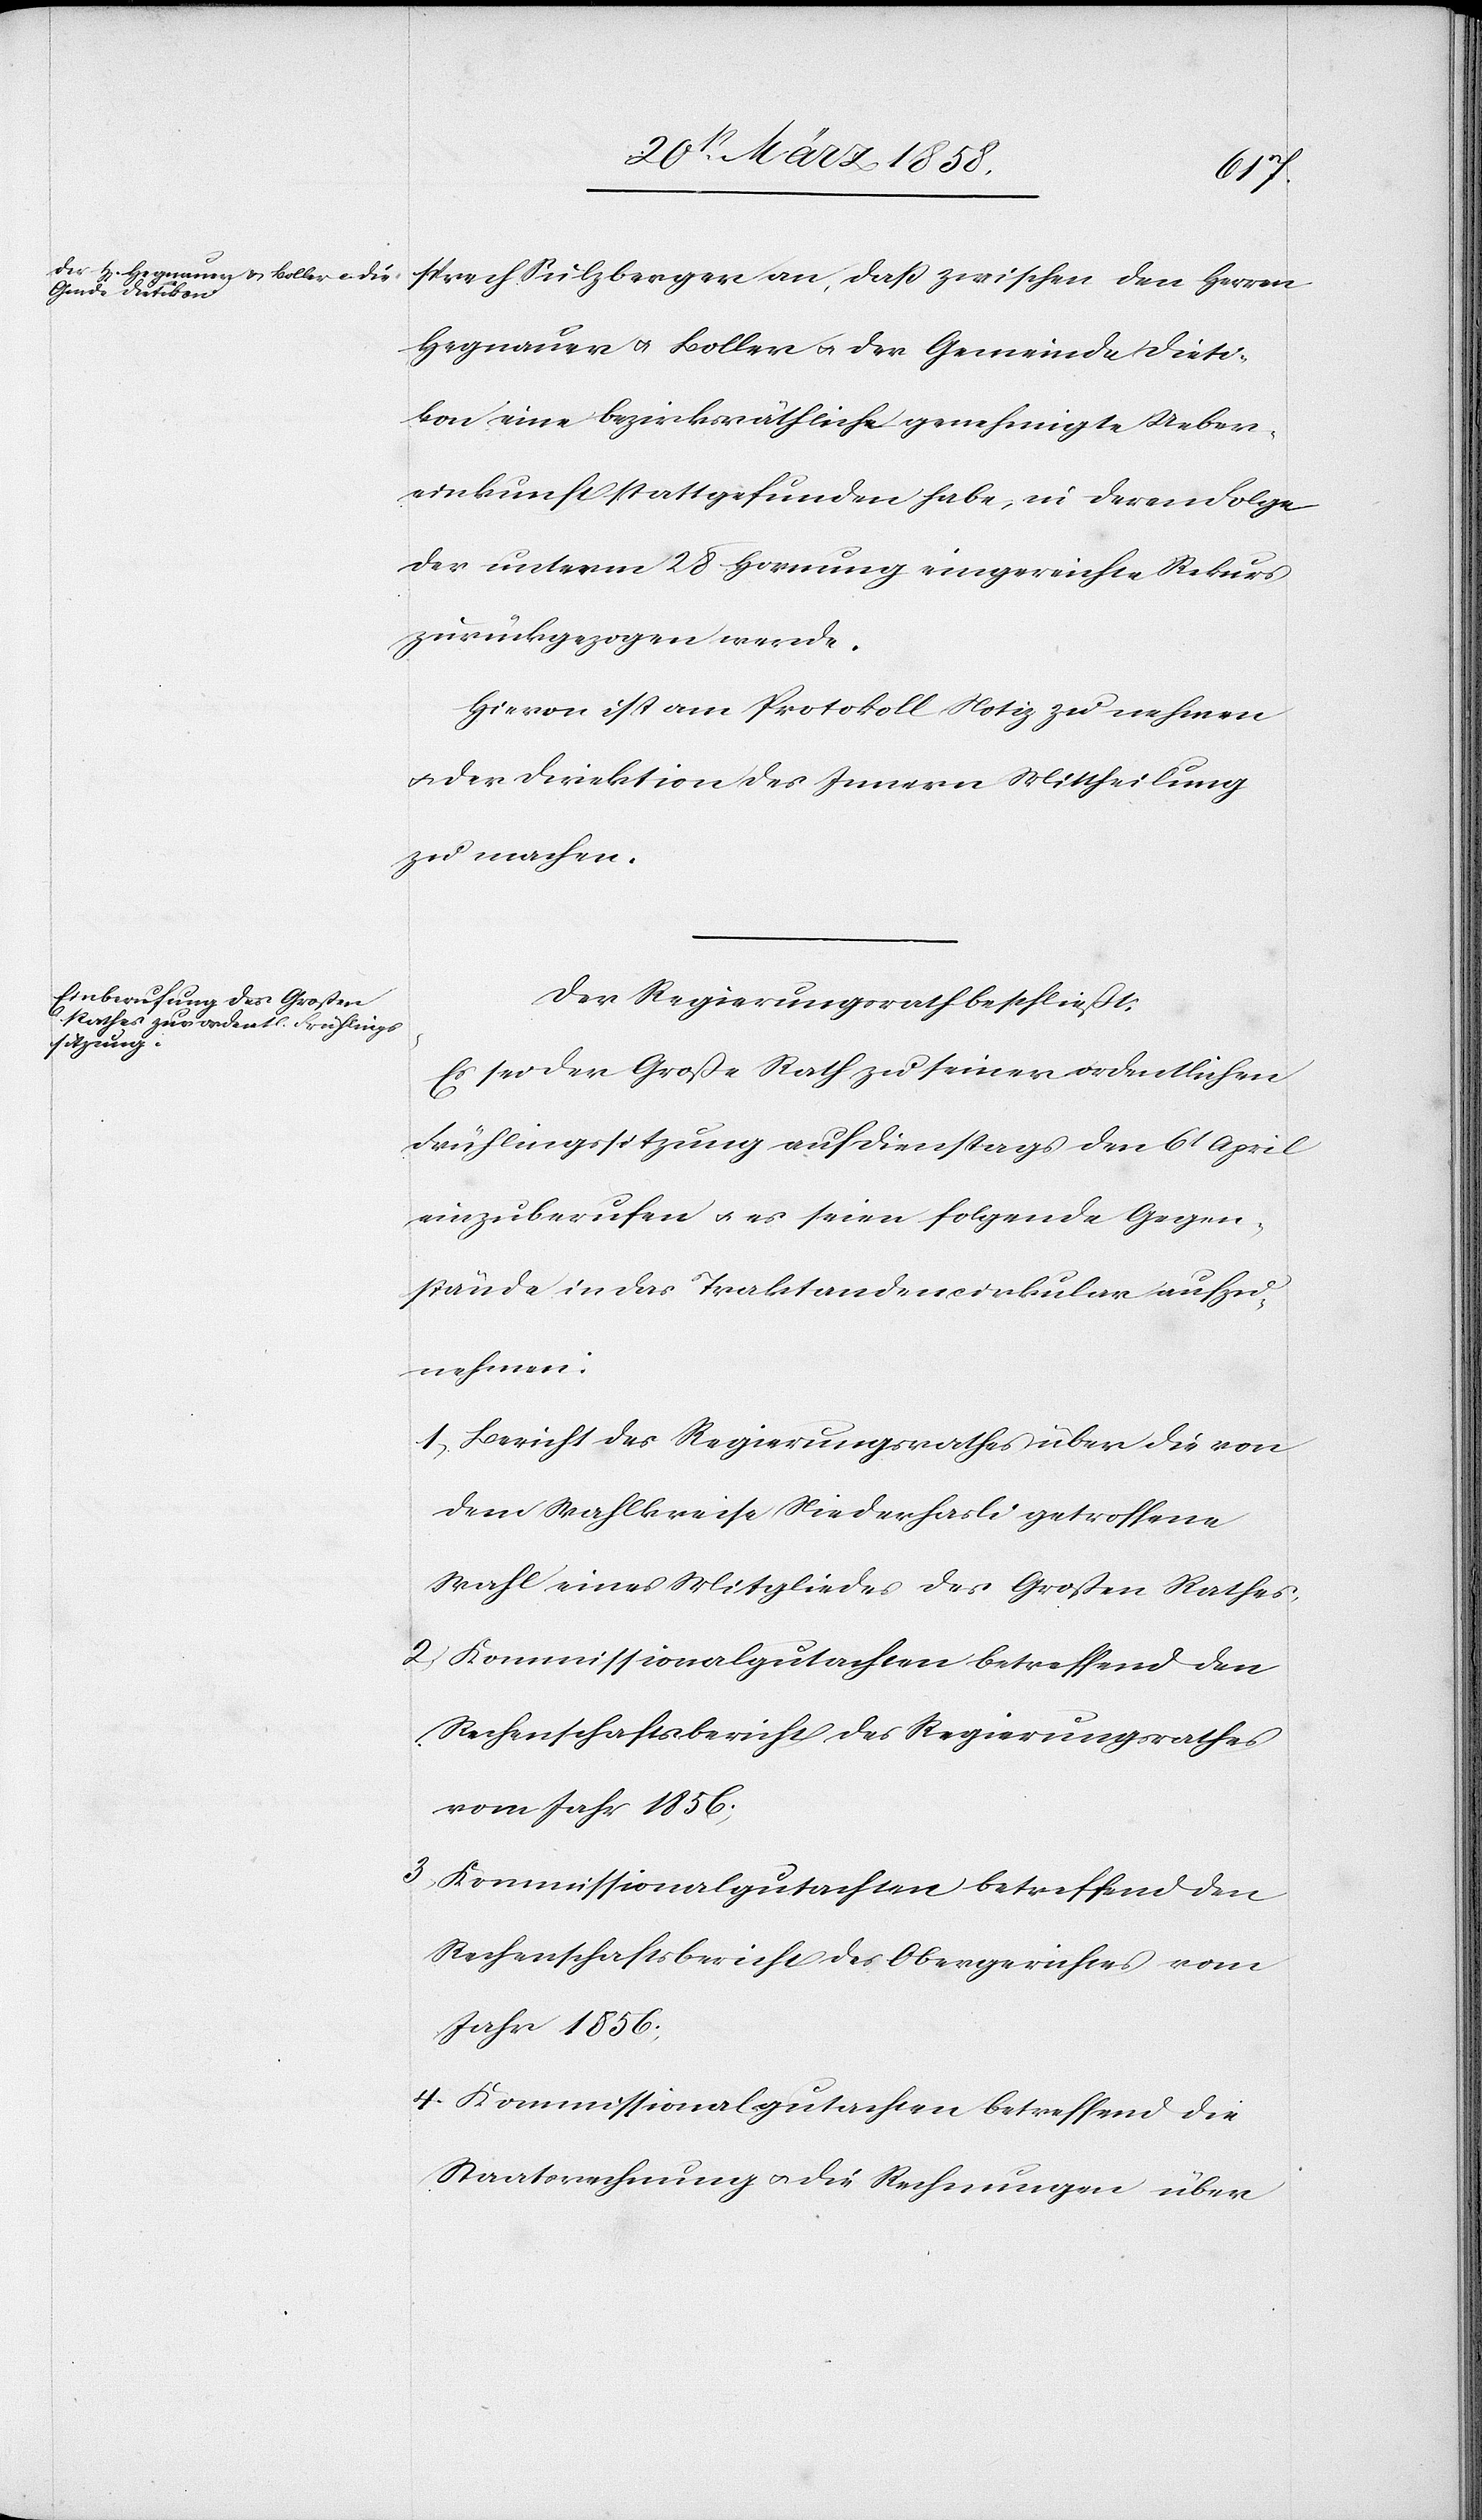
sprech Sulzberger an, daß zwischen den Herren
Hegnauer u. Boller u. der Gemeinde Dieti¬
kon eine bezirksräthliche genehmigte Ueber¬
einkunft stattgefunden habe, in deren Folge
der unterm 28. Hornung eingereichte Rekurs
zurückgezogen werde.
Hievon ist am Protokoll Notiz zu nehmen
u. der Direktion des Innern Mittheilung
zu machen.
Der Regierungsrath beschließt:
Es sei der Große Rath zu seiner ordentlichen
Frühlingssitzung auf Dienstags den 6t April
einzuberufen u. es seien folgende Gegen¬
stände in das Traktandencirkular aufzu¬
nehmen:
1. Bericht des Regierungsrathes über die von
dem Wahlkreise Niederhasli getroffene
Wahl eines Mitgliedes des Großen Rathes;
2. Kommissionalgutachten betreffend den
Rechenschaftsbericht des Regierungsrathes
vom Jahr 1856;
3. Kommissionalgutachten betreffend den
Rechenschaftsbericht des Obergerichtes vom
Jahr 1856;
4. Kommissionalgutachten betreffend die
Staatsrechnung u. die Rechnungen über